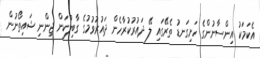
އެކަމަކު އިންސާނުންގެ ހަށިގަނޑު ތެރޭގައި ލޭ ދައުރުކުރާހެން ދައުރުވުމުގެ ގާބިލުކަން ޖިންނި ޝައިތޯނުން